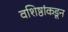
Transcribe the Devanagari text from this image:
वशिष्ठांकडून